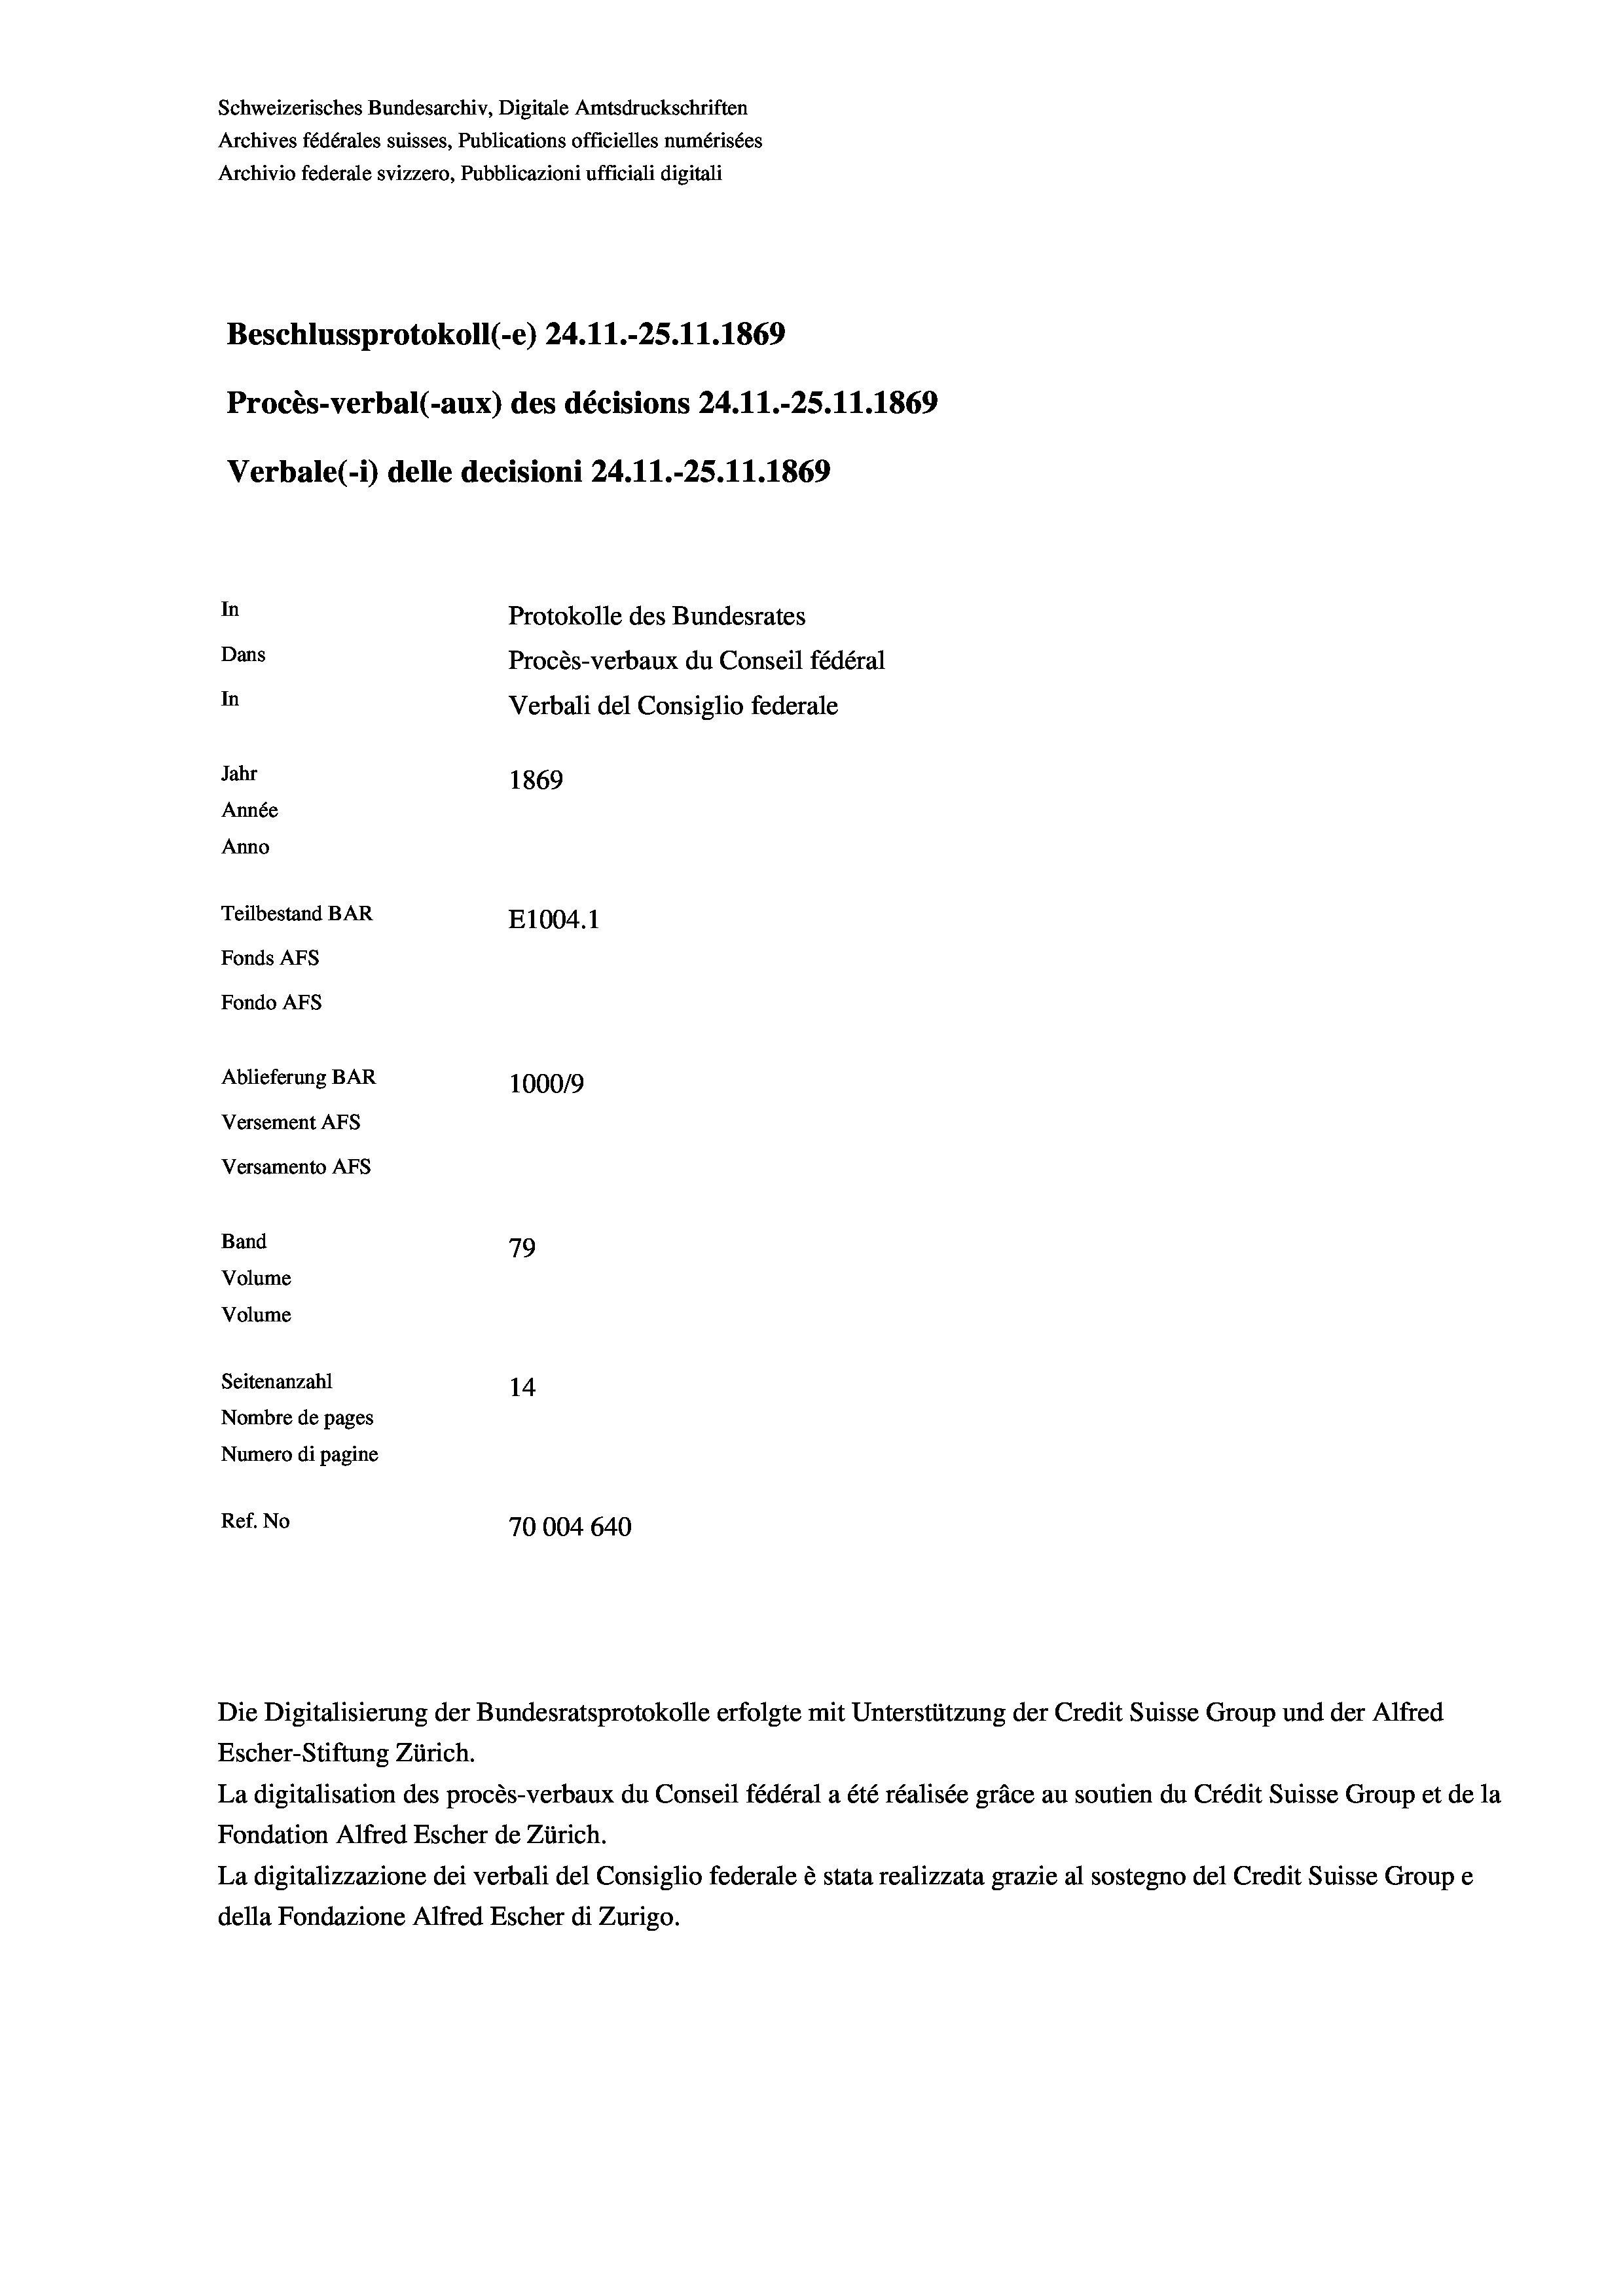
Schweizerisches Bundesarchiv, Digitale Amtsdruckschriften
Archives fédérales suisses, Publications officielles numérisées
Archivio federale svizzero, Pubblicazioni ufficiali digitali
Beschlussprotokoll (-e) 24.11.-25.11.1869
Procès-verbal (-aux) des décisions 24.11.-25.11.1869
Verbale (- 1) delle decisioni 24.11.-25.11.1869
In
Protokolle des Bundesrates
Dans
Procès-verbaux du Conseil fédéral
In
Verbali del Consiglio federale
Jahr
1869
Année
Anno
Teilbestand BAR
E1004.1
Fonds AFs
Fondo AFs
Ablieferung BAR
1000/9
Versement As
Versamento AFs
Band
79
Volume
Volume
Seitenanzahl
14
Nombre de pages
Numero di pagine
Ref. No
70004 640

Escher-Stiftung Zürich.
La digitalisation des procès-verbaux du Conseil fédéral a été réalisée gräce au soutien du Crédit Suisse Group et de la
Fondation Alfred Escher de Zürich.
La digitalizzazione dei verbali del Consiglio federale è stata realizzata grazie al sostegno del Credit Suisse Groupe
della Fondazione Alfred Escher di Zurigo.

Die Digitalisierung der Bundesratsprotokolle erfolgte mit Unterstützung der Credit Suisse Group und der Alfred